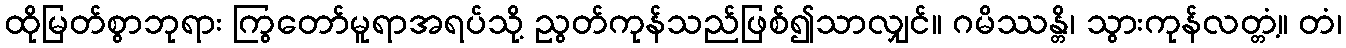
ထိုမြတ်စွာဘုရား ကြွတော်မူရာအရပ်သို့ ညွတ်ကုန်သည်ဖြစ်၍သာလျှင်။ ဂမိဿန္တိ၊ သွားကုန်လတ္တံ့။ တံ၊